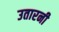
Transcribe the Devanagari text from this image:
उतारनी